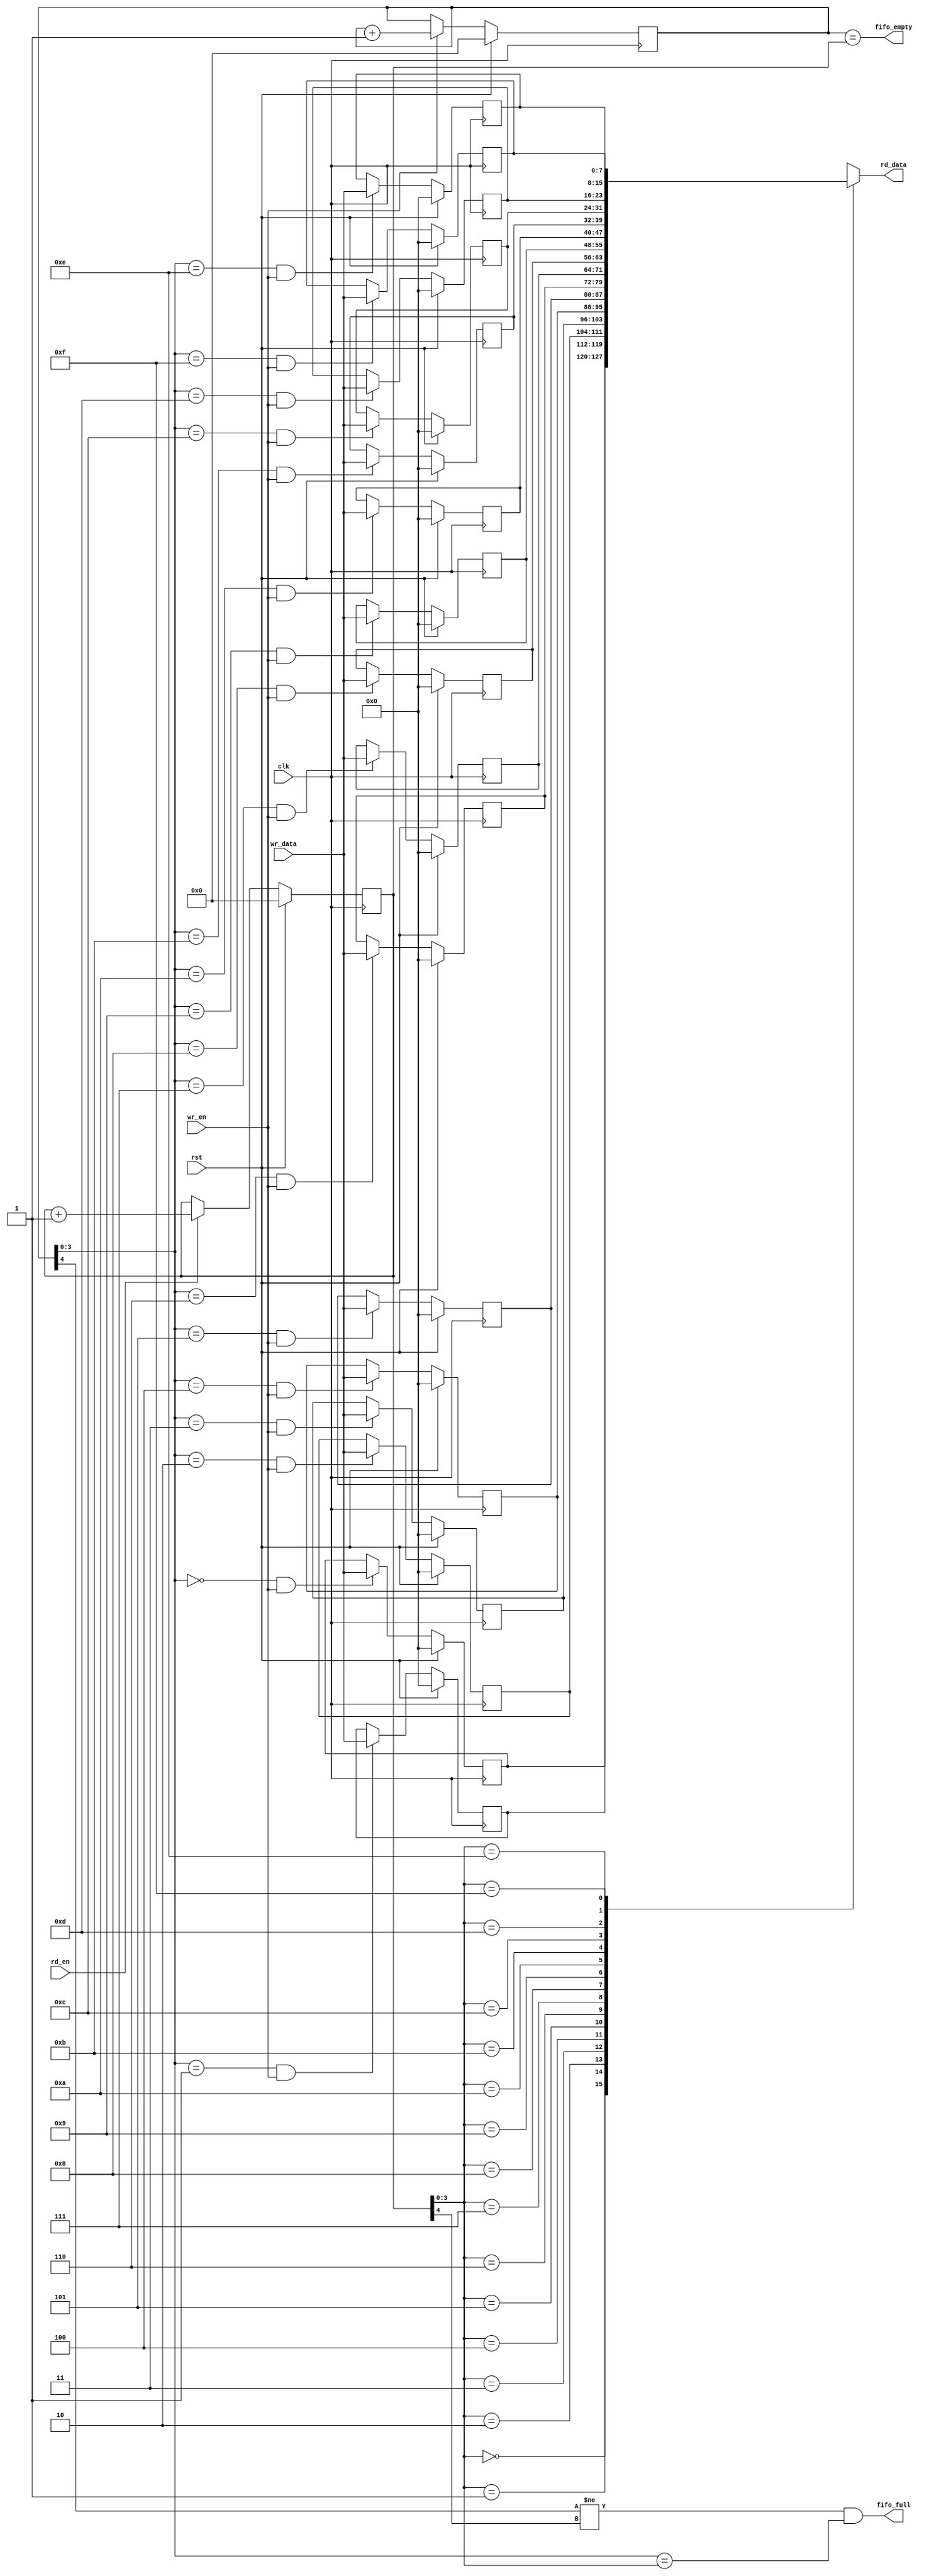
/*------------------------------------------------------------------------------

Purpose

  Synchronous FIFO.

------------------------------------------------------------------------------*/
module mips_fifosync #(parameter S_WORD= 8,
                       parameter SPOWER2_MEM= 4)
                      (
                      input               clk,
                      input               rst,

                      input               wr_en,
                      input[S_WORD-1:0]   wr_data,

                      input               rd_en,
                      output[S_WORD-1:0]  rd_data,

                      output              fifo_full,
                      output              fifo_empty
                      );




  localparam         S_MEM= 1<<SPOWER2_MEM;
	reg[S_WORD-1:0]    mem[S_MEM-1:0];
	reg[SPOWER2_MEM:0] wr_counter;
	reg[SPOWER2_MEM:0] rd_counter;




  assign rd_data=    mem[rd_counter[SPOWER2_MEM-1:0]];
  assign fifo_empty= wr_counter==rd_counter;
  assign fifo_full=  wr_counter[SPOWER2_MEM]!=rd_counter[SPOWER2_MEM] &
                     wr_counter[SPOWER2_MEM-1:0]==rd_counter[SPOWER2_MEM-1:0];

	always @(posedge clk)
  begin
  if(rst)
    begin
    wr_counter<= {(SPOWER2_MEM){1'b0}};
    rd_counter<= {(SPOWER2_MEM){1'b0}};
    end
  else
    begin
    rd_counter<= rd_en ? rd_counter+1'b1 : rd_counter;
    wr_counter<= wr_en ? wr_counter+1'b1 : wr_counter;
    end
  end

	generate
	genvar i;
	for(i=0; i<S_MEM; i=i+1)
		begin:array
		always @(posedge clk)
		if(rst) mem[i]<= {(S_WORD){1'b0}};
		else mem[i]<= wr_counter[SPOWER2_MEM-1:0]==i & wr_en ? wr_data : mem[i];
		end
	endgenerate




endmodule